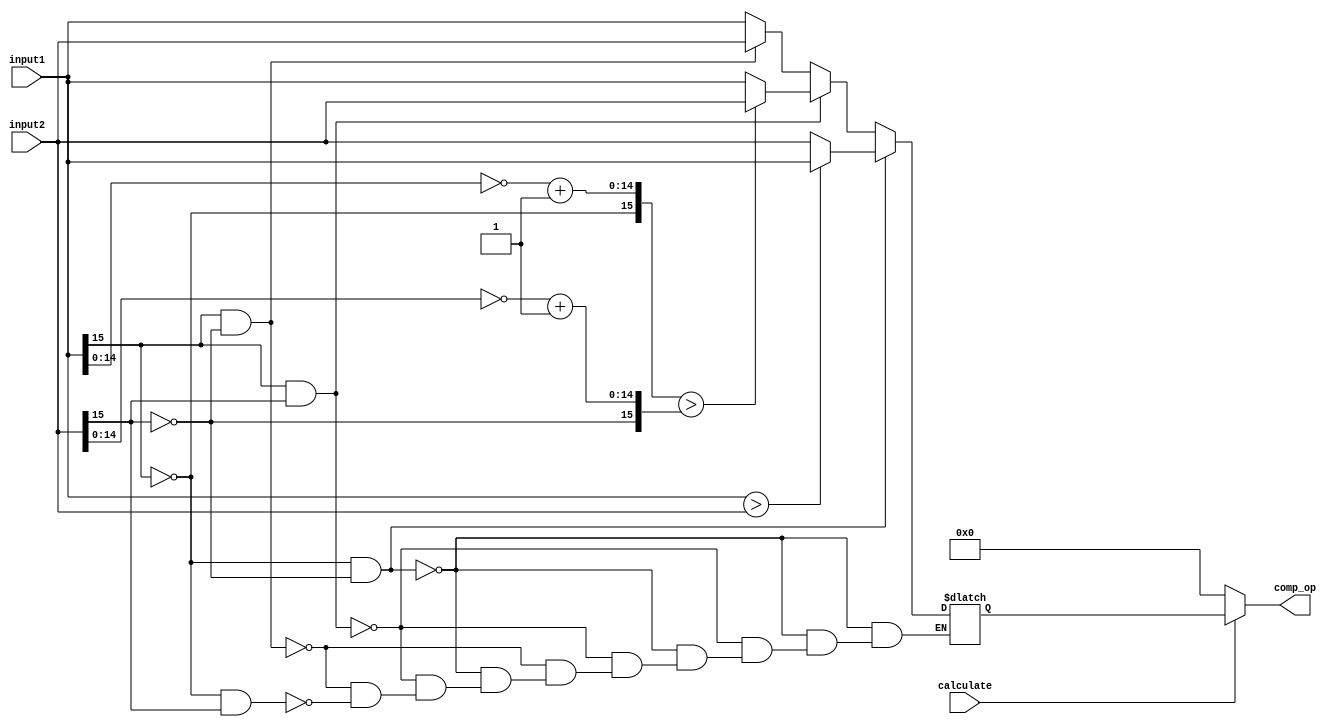
`timescale 1ns / 1ps

module compare#(
    parameter total_bits = 16,
    parameter Q = 12,
    parameter flag = 1
    )(
    input calculate,
    input [total_bits - 1:0] input1,
    input [total_bits - 1:0] input2,
    output [total_bits - 1:0] comp_op
    );
    wire [total_bits - 1:0] cmp_input1, cmp_input2;  
    reg [total_bits - 1:0] temp;
    
    
    assign cmp_input1 = {~input1[total_bits - 1],~input1[total_bits - 2:0] + 1'b1};
    assign cmp_input2 = {~input2[total_bits - 1],~input2[total_bits - 2:0] + 1'b1};
    assign comp_op = calculate ? temp : 'd0;

    always @(*) begin
        if(flag == 0) begin
            temp = input1 + input2; 
        end
        else begin

            if((input1[total_bits - 1] == 0) & (input2[total_bits - 1] == 0)) begin
                temp = (input1 > input2) ? input1 : input2; 
            end

            else if ((input1[total_bits - 1] == 1) & (input2[total_bits - 1] == 1)) begin
                temp = (cmp_input1 > cmp_input2) ? input2 : input1;  
            end

            else if ((input1[total_bits - 1] == 1) & (input2[total_bits - 1] == 0)) begin
                temp = input2;
            end            
            else if ((input1[total_bits - 1] == 0) & (input2[total_bits - 1] == 1)) begin
                temp = input1;
            end
        end
    end
endmodule